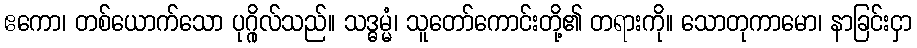
ဧကော၊ တစ်ယောက်သော ပုဂ္ဂိုလ်သည်။ သဒ္ဓမ္မံ၊ သူတော်ကောင်းတို့၏ တရားကို။ သောတုကာမော၊ နာခြင်းငှာ